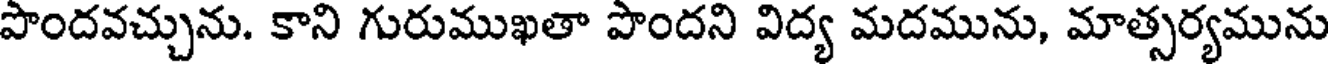
పొందవచ్చును. కాని గురుముఖతా పొందని విద్య మదమును, మాత్సర్యమును